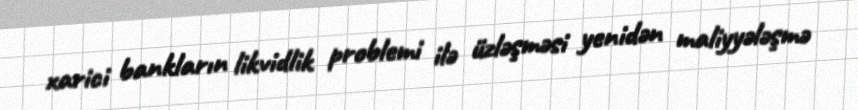
xarici bankların likvidlik problemi ilə üzləşməsi yenidən maliyyələşmə